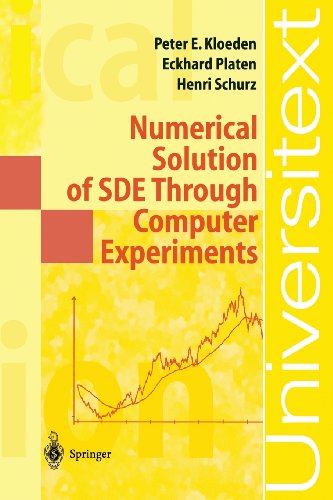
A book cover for Numerical Solution of SDE Through Computer Experiments (Universitext); Peter Eris Kloeden; Science & Math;